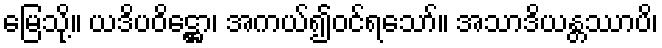
မြေသို့။ ယဒိပဝိဋ္ဌော၊ အကယ်၍ဝင်ရသော်။ အသာဒိယန္တဿာပိ၊